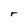
Character: r